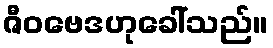
ဇီဝဗေဒဟုခေါ်သည်။